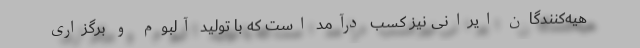
هیه‌کنندگان ایرانی نیز کسب درآمد است که با تولید آلبوم و برگزاری